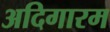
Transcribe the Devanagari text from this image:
अदिगारम